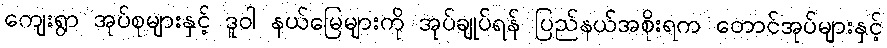
ကျေးရွာ အုပ်စုများနှင့် ဒူဝါ နယ်မြေများကို အုပ်ချုပ်ရန် ပြည်နယ်အစိုးရက တောင်အုပ်များနှင့်